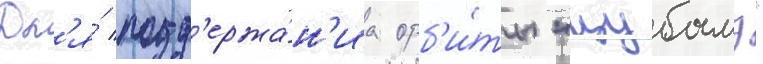
Дл'я́ подд'ержа́н'иа орб'и́ты "цубамэ"